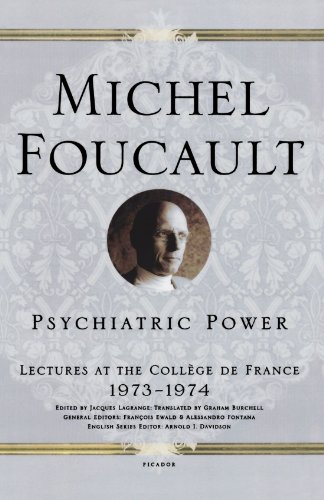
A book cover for Psychiatric Power: Lectures at the CollÃ¨ge de France, 1973--1974; Michel Foucault; Medical Books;